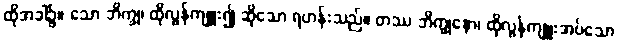
ထိုအခါ၌။ သော ဘိက္ခု၊ ထိုလွန်ကျူး၍ ဆိုသော ရဟန်းသည်။ တဿ ဘိက္ခုနော၊ ထိုလွန်ကျူးအပ်သော